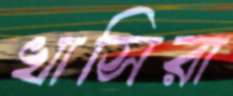
খাসিরা